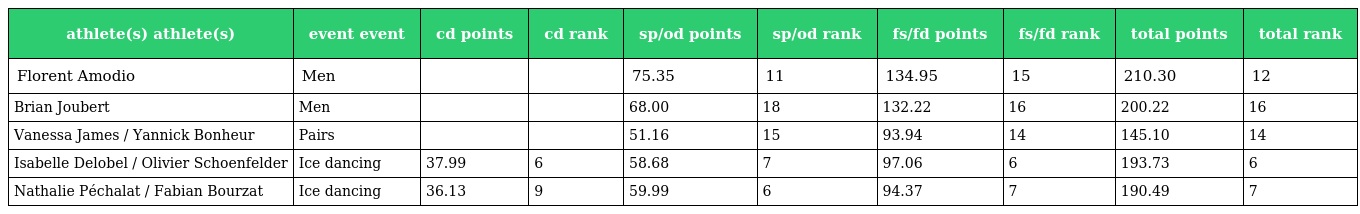
| athlete(s) athlete(s) | event event | cd points | cd rank | sp/od points | sp/od rank | fs/fd points | fs/fd rank | total points | total rank |
 | --- | --- | --- | --- | --- | --- | --- | --- | --- | --- |
 | Florent Amodio | Men |  |  | 75.35 | 11 | 134.95 | 15 | 210.30 | 12 |
 | Brian Joubert | Men |  |  | 68.00 | 18 | 132.22 | 16 | 200.22 | 16 |
 | Vanessa James / Yannick Bonheur | Pairs |  |  | 51.16 | 15 | 93.94 | 14 | 145.10 | 14 |
 | Isabelle Delobel / Olivier Schoenfelder | Ice dancing | 37.99 | 6 | 58.68 | 7 | 97.06 | 6 | 193.73 | 6 |
 | Nathalie Péchalat / Fabian Bourzat | Ice dancing | 36.13 | 9 | 59.99 | 6 | 94.37 | 7 | 190.49 | 7 |